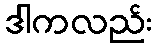
ဒါကလည်း